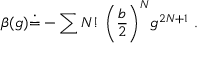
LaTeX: \beta ( g ) \dot { = } - \sum N ! ~ \biggl ( { \frac { b } { 2 } } \biggr ) ^ { N } g ^ { 2 N + 1 } ~ .